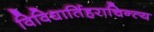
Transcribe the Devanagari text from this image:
विविधार्तिहराचिन्त्य